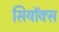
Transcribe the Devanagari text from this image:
सियॉक्स